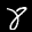
Label: 8